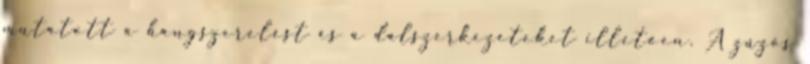
mutatott a hangszerelést és a dalszerkezeteket illetően. A zúzós